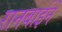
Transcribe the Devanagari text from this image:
रानबाईने